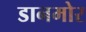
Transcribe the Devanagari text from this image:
डानमोर